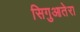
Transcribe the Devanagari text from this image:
सिगुआतेरा